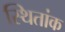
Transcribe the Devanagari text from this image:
स्थितांक